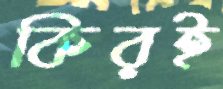
কিরই